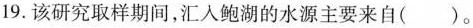
19.该研究取样期间，汇入鲍湖的水源主要来自()。